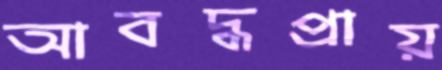
আবদ্ধপ্রায়